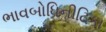
ભાવબોધિનીટિકા